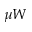
\mu { W }